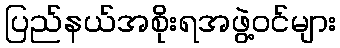
ပြည်နယ်အစိုးရအဖွဲ့ဝင်များ